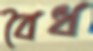
বৈধ